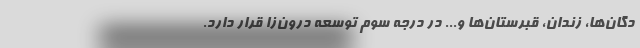
دگان‌ها، زندان، قبرستان‌ها و... در درجه سوم توسعه درون‌زا قرار دارد.